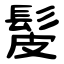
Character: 髲